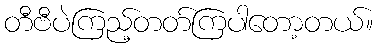
တီဗီပဲကြည့်တတ်ကြပါတော့တယ်။